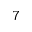
7